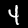
Label: 4